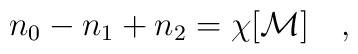
n_0-n_1+n_2= \chi[{\cal M}]~~~,